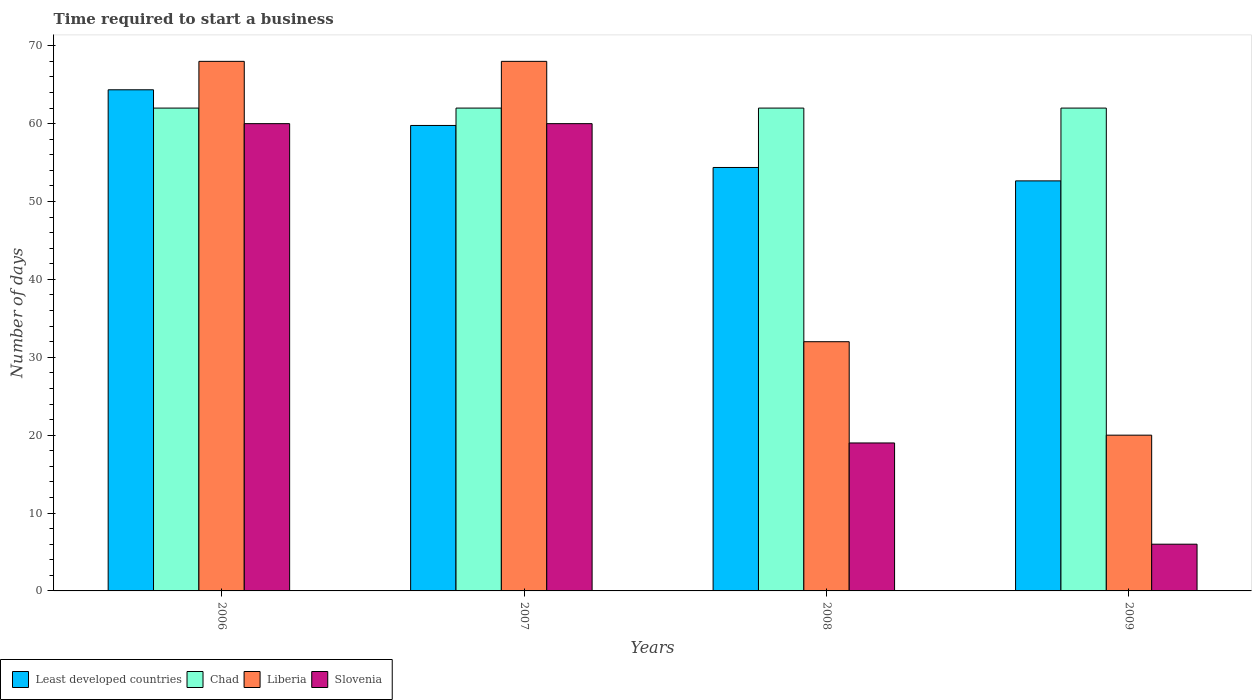
| Years | Least developed countries | Chad | Liberia | Slovenia |
 | --- | --- | --- | --- | --- |
 | 2006 | 64.3 | 62 | 68 | 60 |
 | 2007 | 59.8 | 62 | 68 | 60 |
 | 2008 | 54.4 | 62 | 32 | 19 |
 | 2009 | 52.7 | 62 | 20 | 6 |